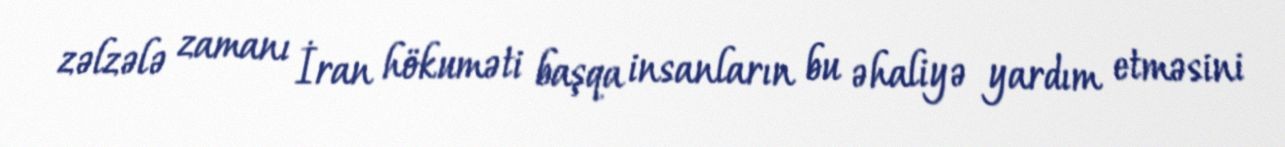
zəlzələ zamanı İran hökuməti başqa insanların bu əhaliyə yardım etməsini